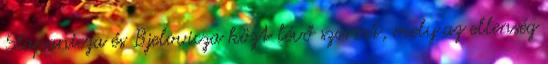
Slapanicza és Bjelovicza közt lévő szorost, mely az ellenség